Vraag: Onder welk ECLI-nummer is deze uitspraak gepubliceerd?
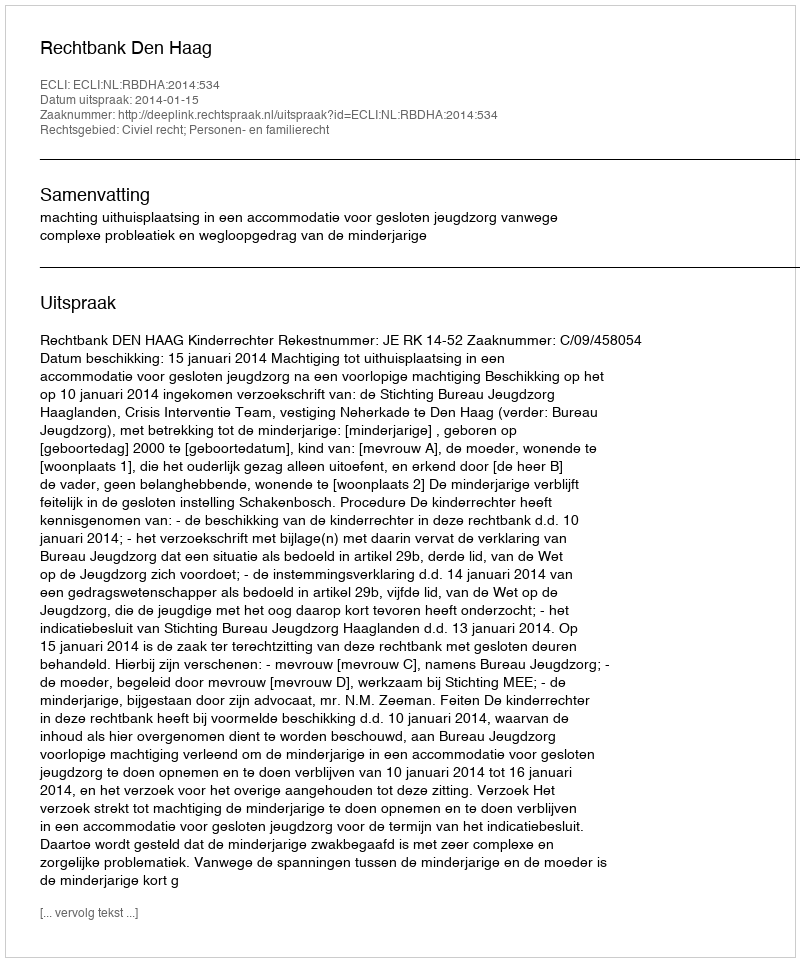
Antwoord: ECLI:NL:RBDHA:2014:534